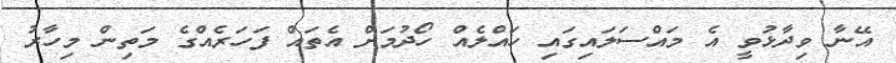
އޭނާ ވިދާޅުވީ އެ މައްސަލައިގައި ހައްލެއް ހޯދުމަށް އެތައް ފަހަރެއްގެ މަތިން މިހާރު